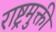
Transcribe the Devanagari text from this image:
राष्ट्रमुक्ती